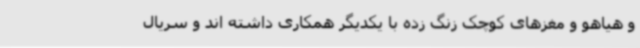
و هیاهو و مغزهای کوچک زنگ زده با یکدیگر همکاری داشته اند و سریال